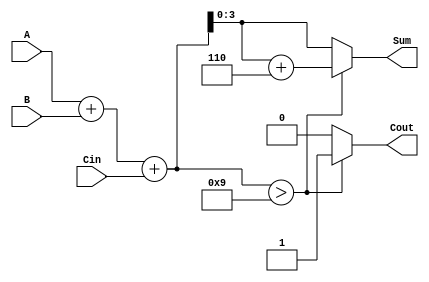
module BCD_Fast_Adder (
    input  wire [3:0] A,      // BCD digit A
    input  wire [3:0] B,      // BCD digit B
    input  wire Cin,          // Carry-in
    output reg  [3:0] Sum,    // BCD sum
    output reg  Cout          // Carry-out
);

    wire [4:0] TempSum;       // 5-bit temporary sum to hold A + B + Cin
    wire correction_needed;    // Flag to indicate if correction is needed

    // Binary addition of A, B and Cin
    assign TempSum = A + B + Cin;

    // Determine if correction is needed (TempSum > 9)
    assign correction_needed = (TempSum > 9);

    always @(*) begin
        if (correction_needed) begin
            Sum = TempSum + 5'd6; // Add 6 to correct the sum
            Cout = 1;              // Set carry-out
        end else begin
            Sum = TempSum[3:0];    // No correction needed, take lower 4 bits
            Cout = 0;              // No carry-out
        end
    end

endmodule